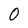
Character: 0